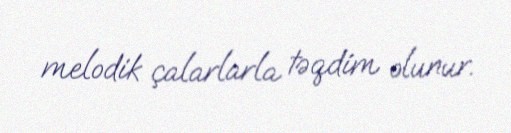
melodik çalarlarla təqdim olunur.